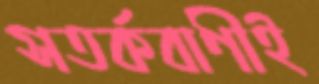
সতর্কবাণীই